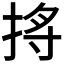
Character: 𪭺